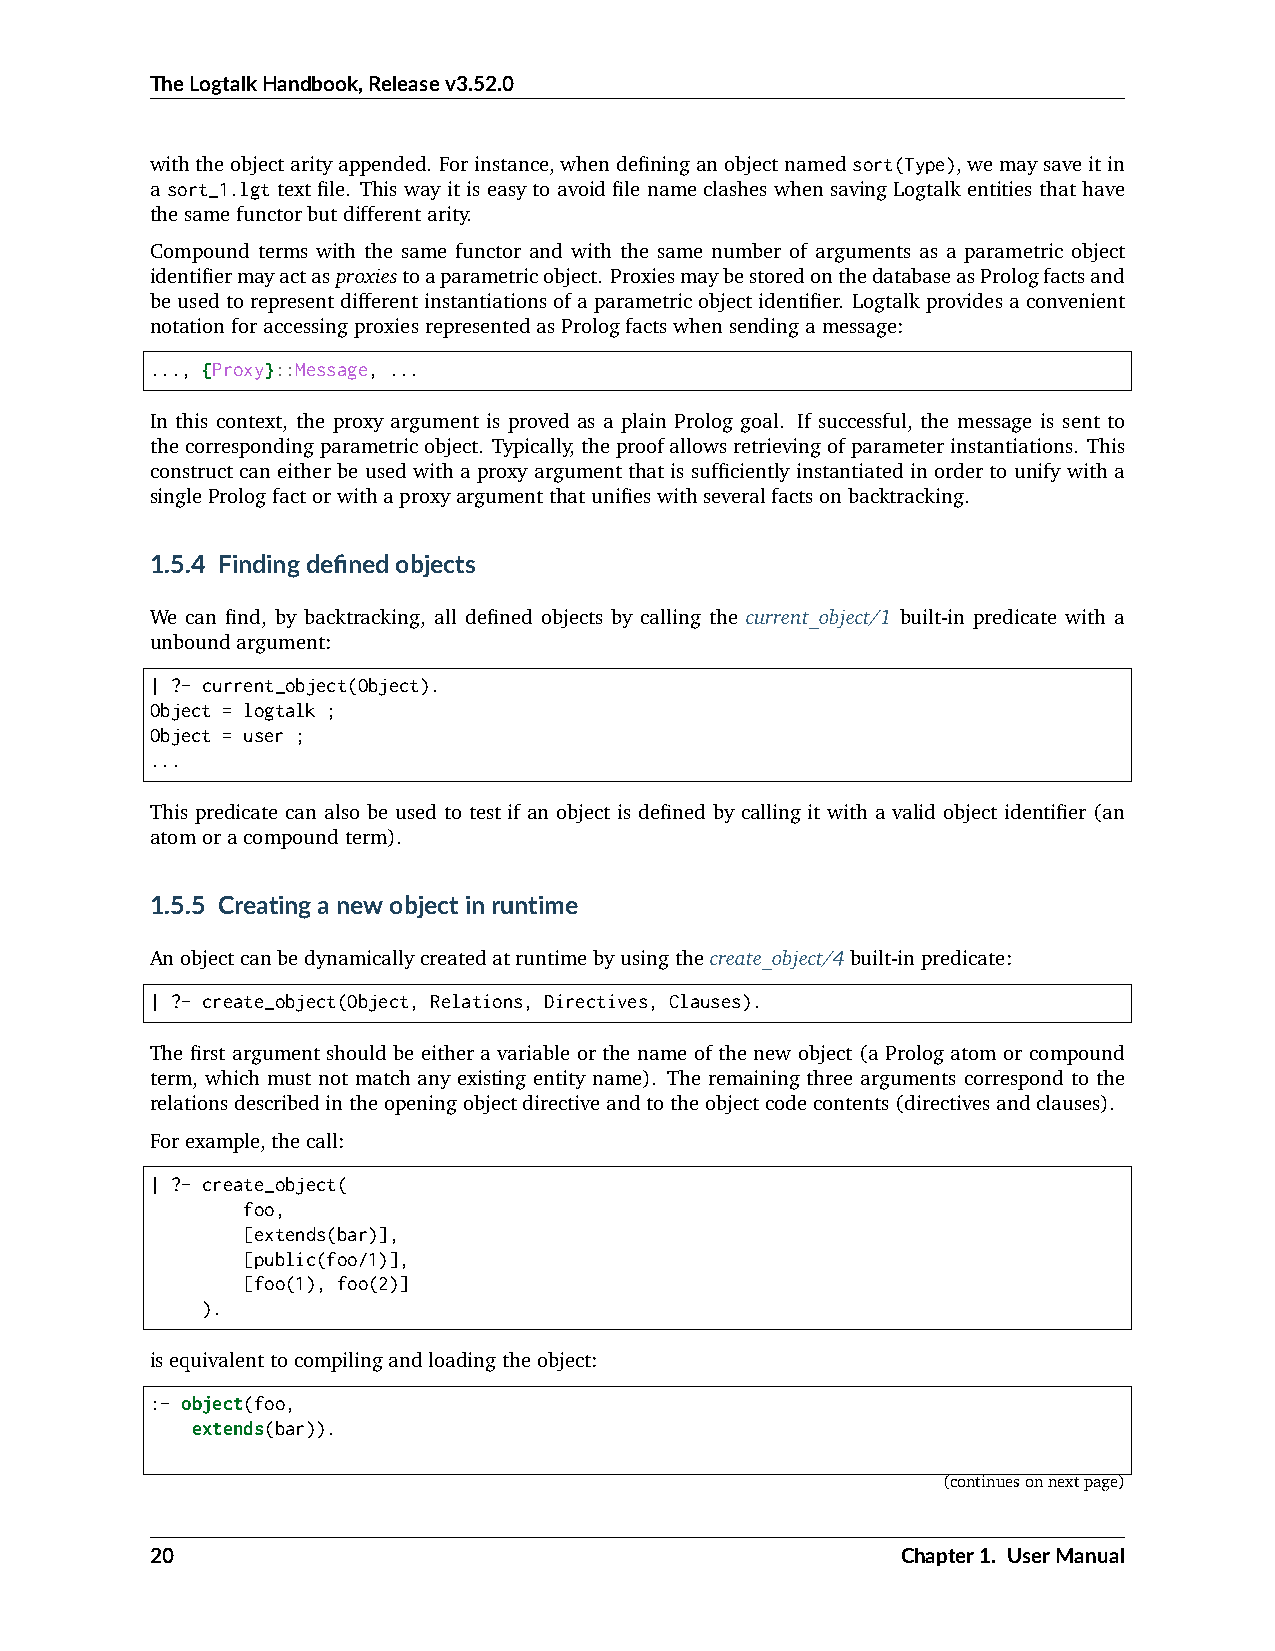
TheLogtalkHandbook,Releasev3.52.0
 withtheobjectarityappended. Forinstance,whendefininganobjectnamedsort(Type),wemaysaveitin
 a sort_1.lgt text file. This way it is easy to avoid file name clashes when saving Logtalk entities that have
 thesamefunctorbutdifferentarity.
 Compound terms with the same functor and with the same number of arguments as a parametric object
 identifiermayactasproxiestoaparametricobject. ProxiesmaybestoredonthedatabaseasPrologfactsand
 beusedtorepresentdifferentinstantiationsofaparametricobjectidentifier. Logtalkprovidesaconvenient
 notationforaccessingproxiesrepresentedasPrologfactswhensendingamessage:
 ..., {Proxy}::Message, ...
 In this context, the proxy argument is proved as a plain Prolog goal. If successful, the message is sent to
 thecorrespondingparametricobject. Typically,theproofallowsretrievingofparameterinstantiations. This
 construct can either be used with a proxy argument that is sufficiently instantiated in order to unify with a
 singlePrologfactorwithaproxyargumentthatunifieswithseveralfactsonbacktracking.
 1.5.4 Findingdefinedobjects
 We can find, by backtracking, all defined objects by calling the current_object/1 built-in predicate with a
 unboundargument:
 | ?- current_object(Object).
 Object = logtalk ;
 Object = user ;
 ...
 This predicate can also be used to test if an object is defined by calling it with a valid object identifier (an
 atomoracompoundterm).
 1.5.5 Creatinganewobjectinruntime
 Anobjectcanbedynamicallycreatedatruntimebyusingthecreate_object/4built-inpredicate:
 | ?- create_object(Object, Relations, Directives, Clauses).
 The first argument should be either a variable or the name of the new object (a Prolog atom or compound
 term, which must not match any existing entity name). The remaining three arguments correspond to the
 relationsdescribedintheopeningobjectdirectiveandtotheobjectcodecontents(directivesandclauses).
 Forexample,thecall:
 | ?- create_object(
 foo,
 [extends(bar)],
 [public(foo/1)],
 [foo(1), foo(2)]
 ).
 isequivalenttocompilingandloadingtheobject:
 :- object(foo,
 extends(bar)).
 (continuesonnextpage)
 20                                                Chapter1. UserManual